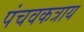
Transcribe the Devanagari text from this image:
पंचवकत्राय